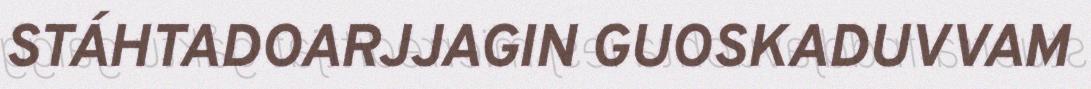
STÁHTADOARJJAGIN GUOSKADUVVAM